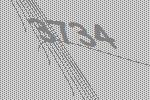
3734